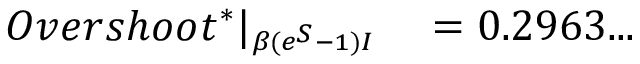
\begin{array} { r l } { O v e r s h o o t ^ { * } | _ { \substack { _ { \beta ( e ^ { S } - 1 ) I } } } } & { { } = 0 . 2 9 6 3 . . . } \end{array}